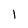
Character: 1